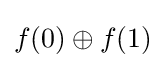
f(0)\oplus f(1)